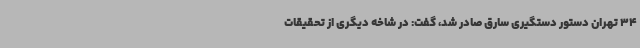
34 تهران دستور دستگیری سارق صادر شد، گفت: در شاخه دیگری از تحقیقات